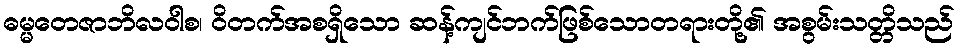
ဓမ္မတေဇာဘိလဝါစ၊ ဝိတက်အစရှိသော ဆန့်ကျင်ဘက်ဖြစ်သောတရားတို့၏ အစွမ်းသတ္တိသည်